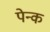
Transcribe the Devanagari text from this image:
पेन्क